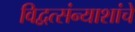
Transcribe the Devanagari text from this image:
विद्वत्संन्याशांचे